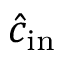
\hat { c } _ { \mathrm { i n } }